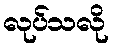
လုပ်သလို